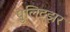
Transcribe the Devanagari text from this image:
पुलिट्झर